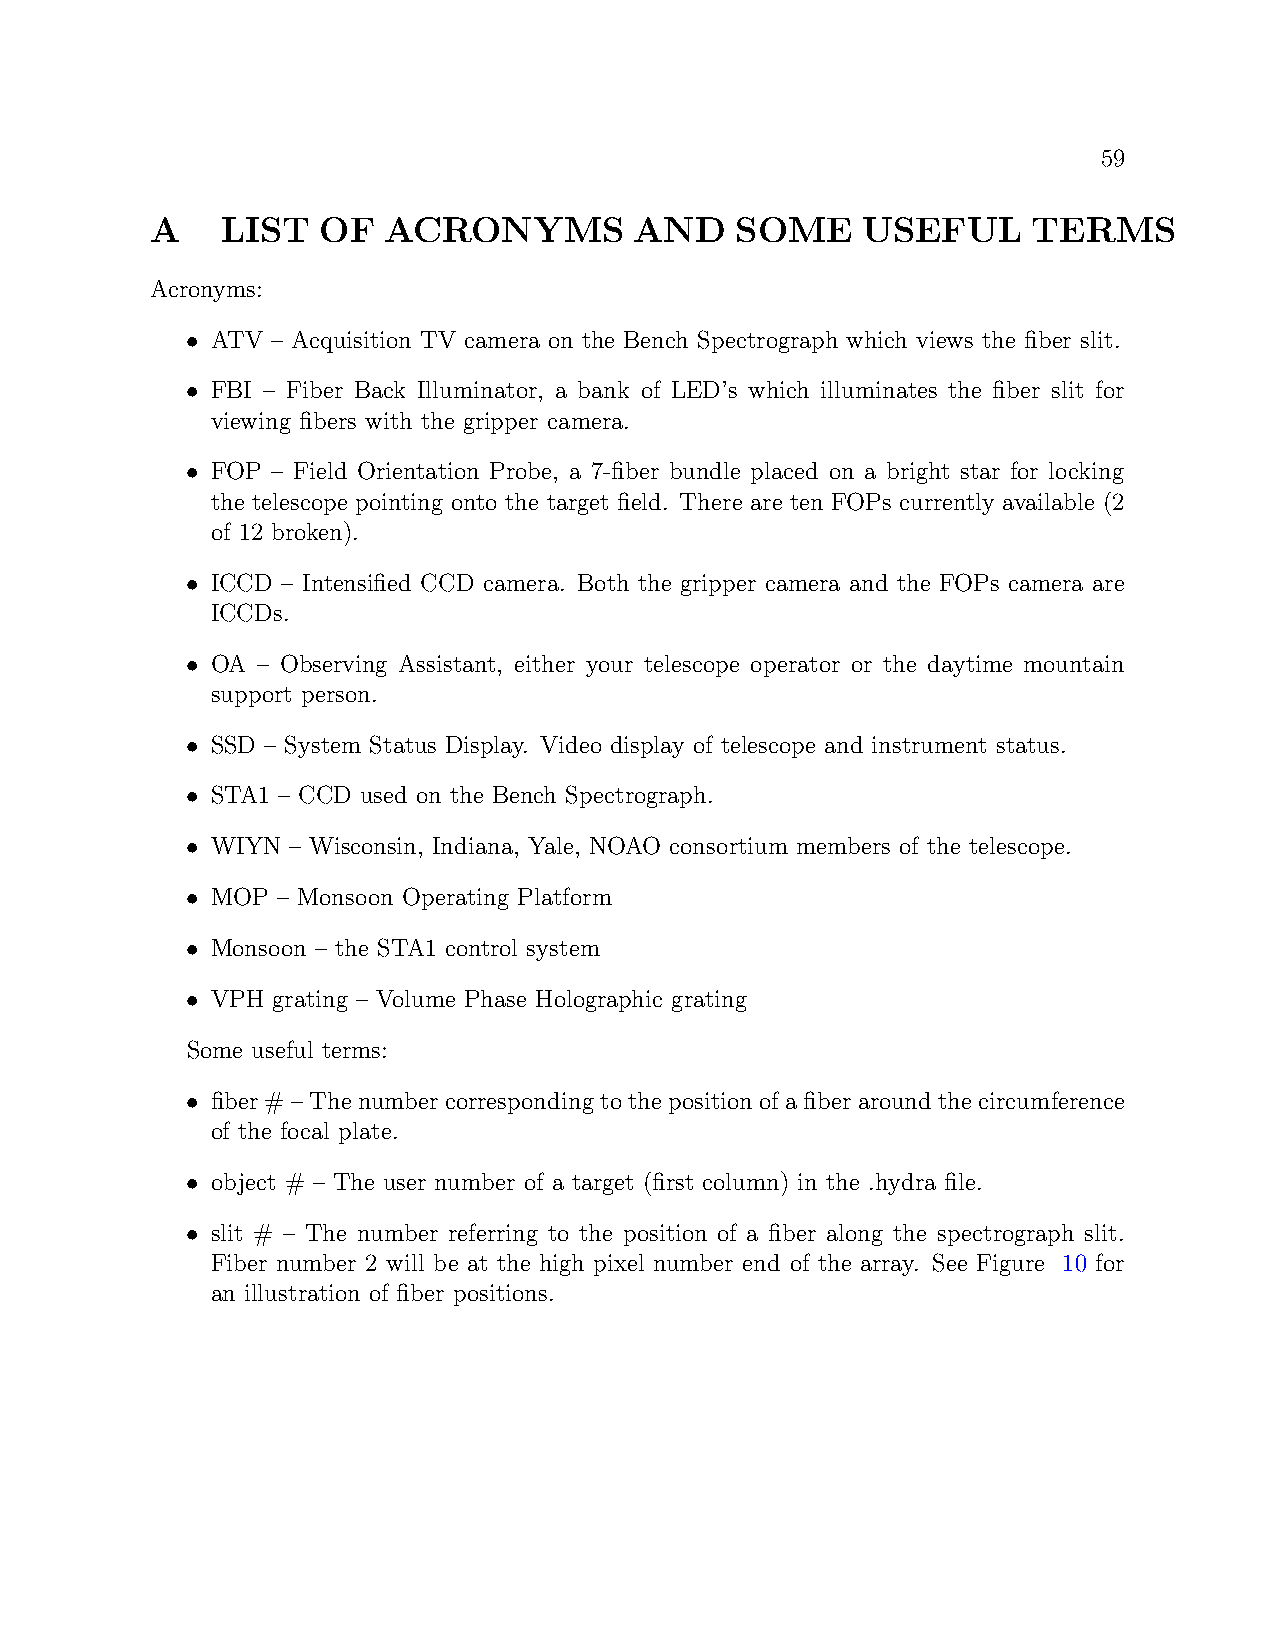
59
 A    LIST  OF  ACRONYMS         AND    SOME    USEFUL     TERMS
 Acronyms:
 • ATV – Acquisition TV camera on the Bench Spectrograph which views the fiber slit.
 • FBI – Fiber Back Illuminator, a bank of LED’s which illuminates the fiber slit for
 viewing fibers with the gripper camera.
 • FOP – Field Orientation Probe, a 7-fiber bundle placed on a bright star for locking
 the telescope pointing onto the target field. There are ten FOPs currently available (2
 of 12 broken).
 • ICCD – Intensified CCD camera. Both the gripper camera and the FOPs camera are
 ICCDs.
 • OA – Observing Assistant, either your telescope operator or the daytime mountain
 support person.
 • SSD – System Status Display. Video display of telescope and instrument status.
 • STA1 – CCD used on the Bench Spectrograph.
 • WIYN – Wisconsin, Indiana, Yale, NOAO consortium members of the telescope.
 • MOP – Monsoon Operating Platform
 • Monsoon – the STA1 control system
 • VPH grating – Volume Phase Holographic grating
 Some useful terms:
 • fiber # – The number corresponding to the position of a fiber around the circumference
 of the focal plate.
 • object # – The user number of a target (first column) in the .hydra file.
 • slit # – The number referring to the position of a fiber along the spectrograph slit.
 Fiber number 2 will be at the high pixel number end of the array. See Figure 10 for
 an illustration of fiber positions.